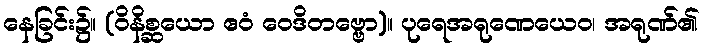
နေခြင်း၌။ (ဝိနိစ္ဆယော ဧဝံ ဝေဒိတဗ္ဗော)။ ပုရေအရုဏေယေဝ၊ အရုဏ်၏